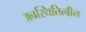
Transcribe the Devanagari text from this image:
अवस्थितित्वीय